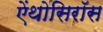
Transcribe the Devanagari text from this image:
ऐंथोसिरॉस